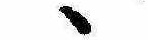
ゝ